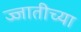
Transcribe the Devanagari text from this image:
ज्जातीच्या